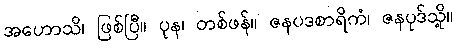
အဟောသိ၊ ဖြစ်ပြီ။ ပုန၊ တစ်ဖန်။ ဇနပဒစာရိကံ၊ ဇနပုဒ်သို့။